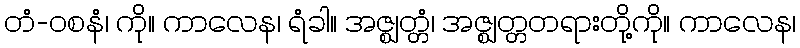
တံ-ဝစနံ၊ ကို။ ကာလေန၊ ရံခါ။ အဇ္ဈတ္တံ၊ အဇ္ဈတ္တတရားတို့ကို။ ကာလေန၊